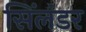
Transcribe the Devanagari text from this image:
सिंलंडर